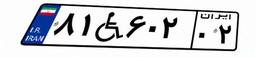
۲۷W۶۶۲۳۰